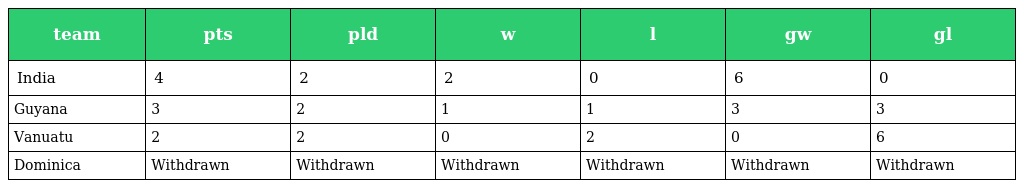
| team | pts | pld | w | l | gw | gl |
 | --- | --- | --- | --- | --- | --- | --- |
 | India | 4 | 2 | 2 | 0 | 6 | 0 |
 | Guyana | 3 | 2 | 1 | 1 | 3 | 3 |
 | Vanuatu | 2 | 2 | 0 | 2 | 0 | 6 |
 | Dominica | Withdrawn | Withdrawn | Withdrawn | Withdrawn | Withdrawn | Withdrawn |